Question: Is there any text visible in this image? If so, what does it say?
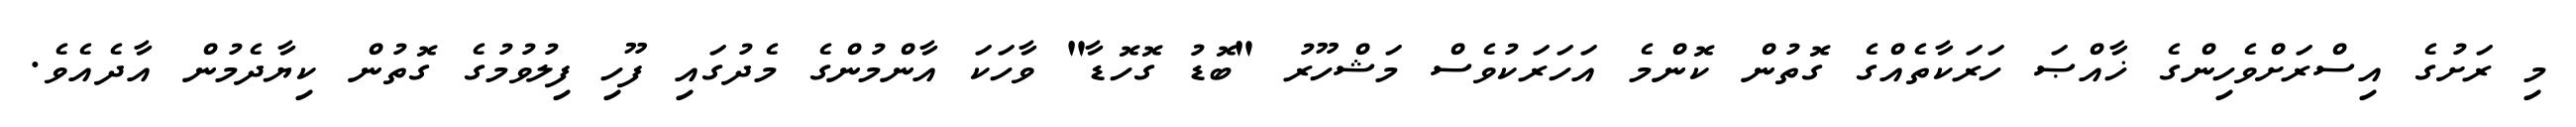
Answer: މި ރަށުގެ އިސްރަށްވެހިންގެ ޚާއްޞަ ހަރަކާތެއްގެ ގޮތުން ކޮންމެ އަހަރަކުވެސް މަޝްހޫރު "ބޮޑު ގޮހޮޑާ" ވާހަކަ އާންމުންގެ މެދުގައި ފޫހި ފިލުވުމުގެ ގޮތުން ކިޔާދެމުން އާދެއެވެ.